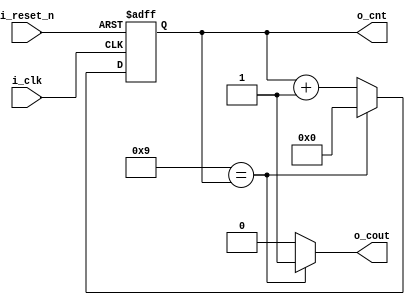
//*******************************FILE HEAD**************************************
//*********************Verilog HDL *********************
// FUNCTION        : 099
//                   
// AUTHOR          : 
// DATE & REVISION : 
// COMPANY         : Verilog HDL 
// UPDATE          :
//******************************************************************************
`timescale 1ns/1ns

module counter
    (
        input i_reset_n, //
        input i_clk, //
        
        
        output  o_cout, //
        output [3 : 0]  o_cnt //
    );
    
    //o_data
    reg [3 : 0] r_cnt;
    
    assign o_cout = (4'd9 == r_cnt)? 1'b1 : 1'b0; //
    assign o_cnt = r_cnt;
    
    //JKJK
    always @(posedge i_clk, negedge i_reset_n) 
    begin
        if(1'b0 == i_reset_n)
            r_cnt <= 4'd0;
        else
            if(4'd9 == r_cnt)
                r_cnt <= 4'd0;
            else
                r_cnt <= r_cnt + 4'd1;
	end
    
endmodule
// END OF counter.v FILE ***************************************************